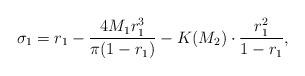
LaTeX: \begin{align*}\sigma_{1}=r_{1}-\frac{4M_{1}r_{1}^{3}}{\pi (1-r_{1})}-K(M_{2})\cdot\frac{r_{1}^{2}}{1-r_{1}},\end{align*}